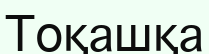
Тоқашқа